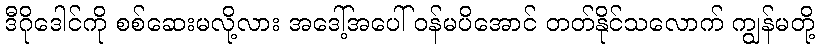
ဒီဂိုဒေါင်ကို စစ်ဆေးမလို့လား အဒေါ့်အပေါ် ဝန်မပိအောင် တတ်နိုင်သလောက် ကျွန်မတို့